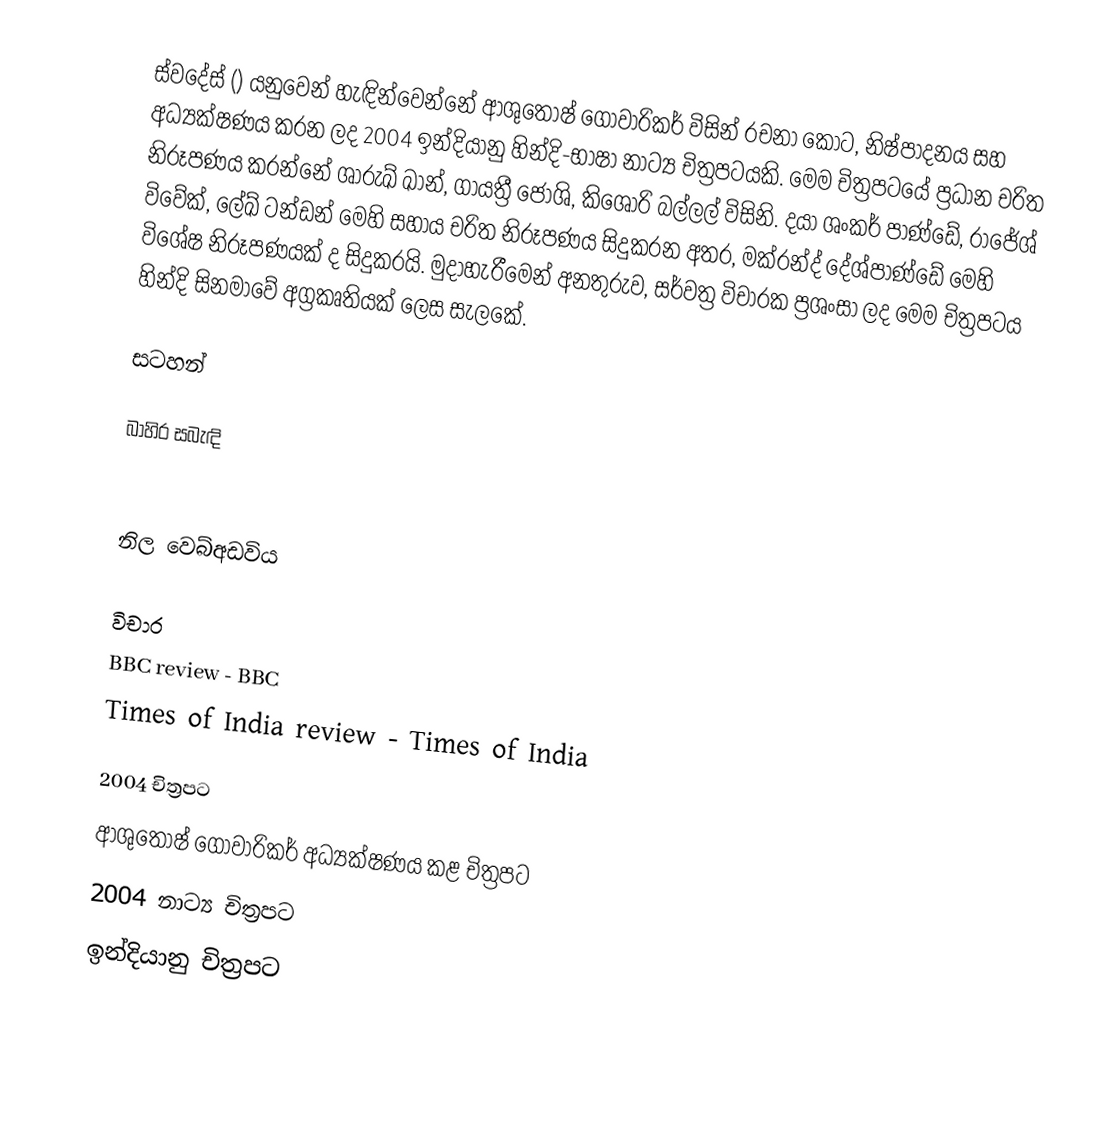
ස්වදේස් () යනුවෙන් හැඳින්වෙන්නේ ආශුතෝෂ් ගෝවාරිකර් විසින් රචනා කොට, නිෂ්පාදනය සහ අධ්‍යක්ෂණය කරන ලද 2004 ඉන්දියානු හින්දි-භාෂා නාට්‍ය චිත්‍රපටයකි. මෙම චිත්‍රපටයේ ප්‍රධාන චරිත නිරූපණය කරන්නේ ශාරුඛ් ඛාන්, ගායත්‍රී ජෝශි, කිශෝරි බල්ලල් විසිනි. දයා ශංකර් පාණ්ඩේ, රාජේශ් විවේක්, ලේඛ් ‍ටන්ඩන් මෙහි සහාය චරිත නිරූපණය සිදුකරන අතර, මක්රන්ද් දේශ්පාණ්ඩේ මෙහි විශේෂ නිරූපණයක් ද සිදුකරයි. මුදාහැරීමෙන් අනතුරුව, සර්වත්‍ර විචාරක ප්‍රශංසා ලද මෙම චිත්‍රපටය හින්දි සිනමාවේ අග්‍රකෘතියක් ලෙස සැලකේ.

සටහන්

බාහිර සබැඳි

 නිල වෙබ්අඩවිය

විචාර
 BBC review - BBC
 Times of India review - Times of India

2004 චිත්‍රපට
ආශුතෝෂ් ගෝවාරිකර් අධ්‍යක්ෂණය කළ චිත්‍රපට
2004 නාට්‍ය චිත්‍රපට
ඉන්දියානු චිත්‍රපට